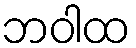
ဘဝါထ